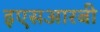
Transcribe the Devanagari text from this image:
इएसआरबी